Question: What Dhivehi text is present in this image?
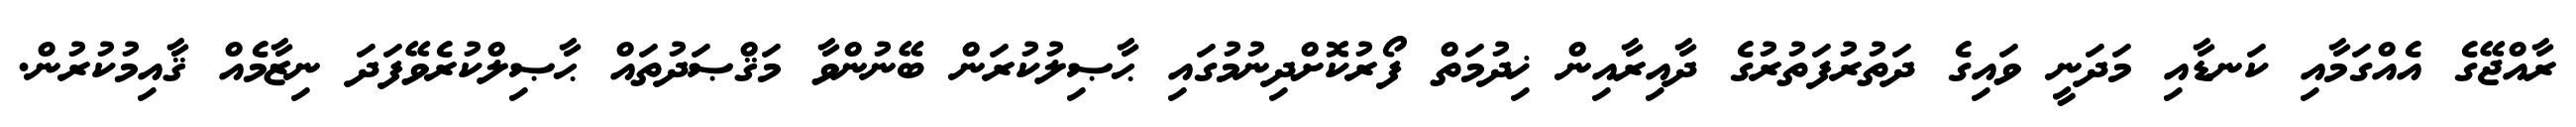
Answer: ރާއްޖޭގެ އެއްގަމާއި ކަނޑާއި މަދަނީ ވައިގެ ދަތުރުފަތުރުގެ ދާއިރާއިން ޚިދުމަތް ފޯރުކޮށްދިނުމުގައި ޙާޞިލުކުރަން ބޭނުންވާ މަޤްޞަދުތައް ޙާޞިލްކުރެވޭފަދަ ނިޒާމެއް ޤާއިމުކުރުން.